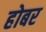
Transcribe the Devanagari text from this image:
होबर